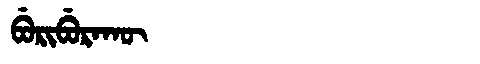
Manchu: ᠪᡠᡵᡳᠪᡠᡵᠠᡴᡡ
Romanization: BURIBURAKŪ